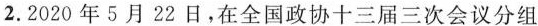
2.2020年5月22日，在全国政协十三届三次会议分组